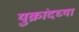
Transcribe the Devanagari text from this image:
युक्रांदच्या